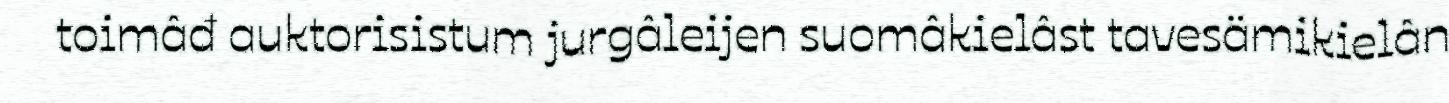
toimâđ auktorisistum jurgâleijen suomâkielâst tavesämikielân